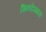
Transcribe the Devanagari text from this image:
सिनडेसमस